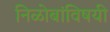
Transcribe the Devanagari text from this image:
निळोबांविषयी